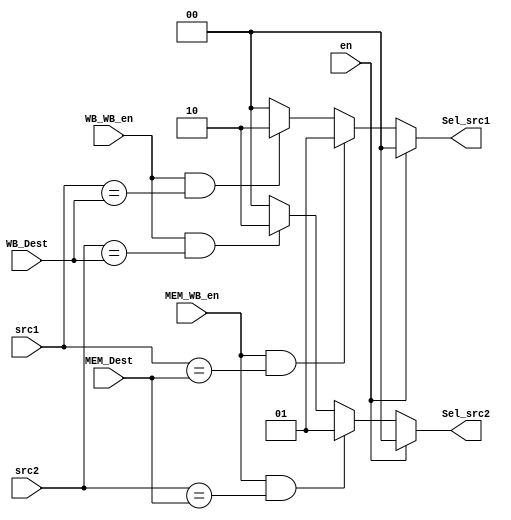
module Forwarding_Unit(
  input en,
  input[3:0] src1,
  input[3:0] src2,
  input[3:0] WB_Dest, MEM_Dest,
  input WB_WB_en, MEM_WB_en,
  output[1:0] Sel_src1, Sel_src2
);

    // TODO handle hazard here ?
    assign Sel_src1 = en ? 2'd0 
            : (MEM_WB_en && src1 == MEM_Dest) ? 2'd1 
            : (WB_WB_en && src1 == WB_Dest) ? 2'd2 
            : 2'd0; 

   assign Sel_src2 = en ? 2'd0 
            : (MEM_WB_en && src2 == MEM_Dest) ? 2'd1 
            : (WB_WB_en && src2 == WB_Dest) ? 2'd2 
            : 2'd0;   

endmodule